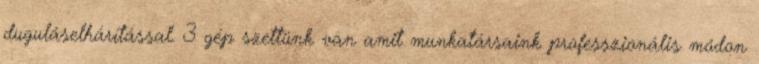
duguláselhárítással. 3 gép szettünk van amit munkatársaink professzionális módon